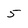
Character: 5